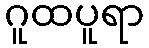
ဂူထပူရာ